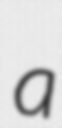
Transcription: a